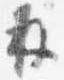
并